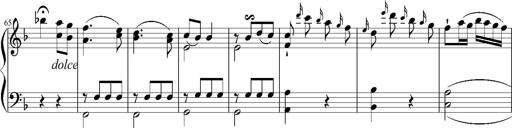
Title: 12 Sonatinas for Piano
Composer: Johann Baptist Vanhal